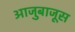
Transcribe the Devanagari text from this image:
आजुबाजूस